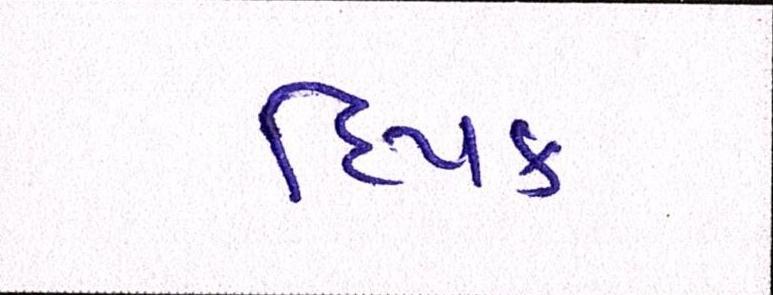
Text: દિપક